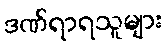
ဒဏ်ရာရသူများ